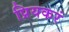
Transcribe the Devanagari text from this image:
प्रियकरं